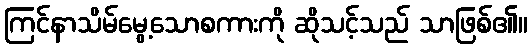
ကြင်နာသိမ်မွေ့သောစကားကို ဆိုသင့်သည် သာဖြစ်၏။